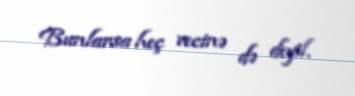
Bunlarsa heç vecinə də deyil.